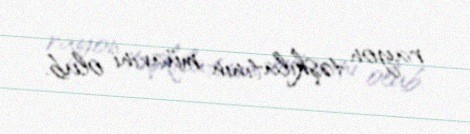
rayon təşkilatının müavini olub.